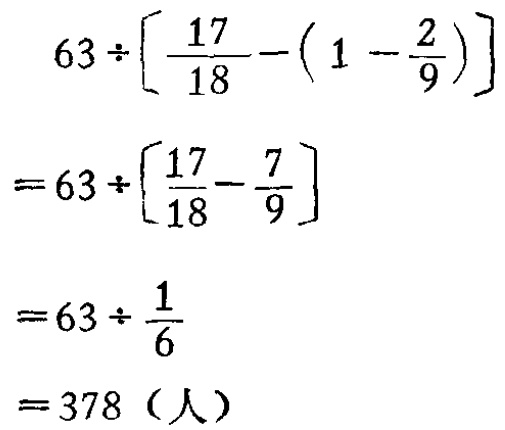
\[

\begin{align*}

&63\div\left[\frac{17}{18}-(1 - \frac{2}{9})\right]\\

=&63\div\left[\frac{17}{18}-\frac{7}{9}\right]\\

=&63\div\frac{1}{6}\\

=&378（人）

\end{align*}

\]